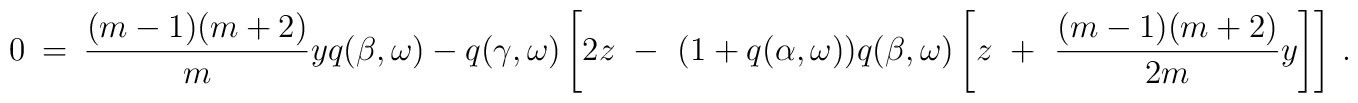
0 ~=~ \frac{(m-1)(m+2)}{m} y q(\beta,\omega) ~-~ q(\gamma,\omega) \left[2z ~-~ (1 + q(\alpha,\omega)) q(\beta,\omega) \left[ z ~+~ \frac{(m-1)(m+2)}{2m} y \right] \right] \, .